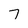
Character: 7